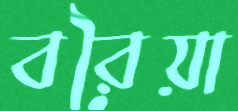
বরৈয়া